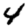
Digit: 4